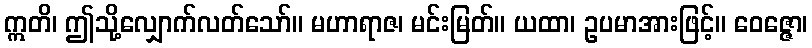
ဣတိ၊ ဤသို့လျှောက်လတ်သော်။ မဟာရာဇ၊ မင်းမြတ်။ ယထာ၊ ဥပမာအားဖြင့်။ ဝေဇ္ဇော၊